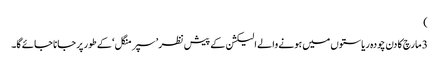
)
3 مارچ کا دن چودہ ریاستوں میں ہونے والے الیکشن کے پیش نظر ’سپر منگل ‘کے طور پر جانا جائے گا۔